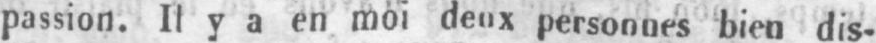
passion. Il y a en moi deux personnes bien dis-